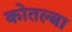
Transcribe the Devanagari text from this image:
कोतल्बा